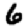
Digit: 6